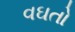
વઘતો